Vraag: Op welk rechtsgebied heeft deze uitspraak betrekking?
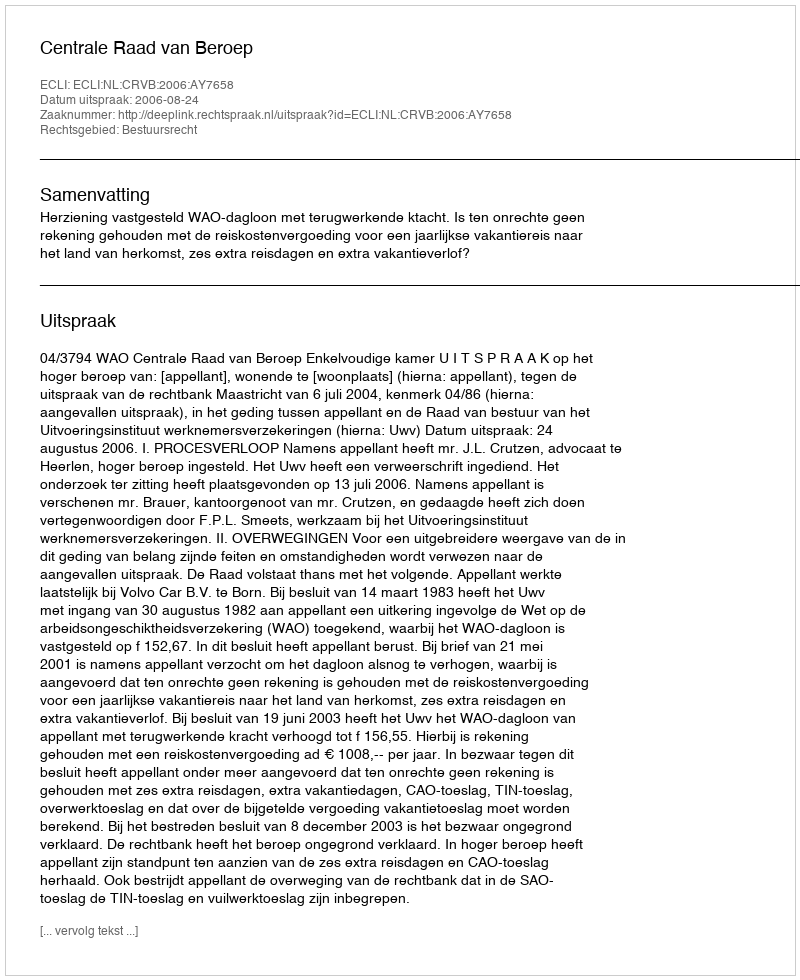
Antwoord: Bestuursrecht